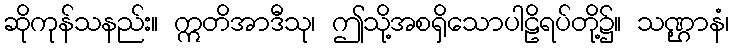
ဆိုကုန်သနည်း။ ဣတိအာဒီသု၊ ဤသို့အစရှိသောပါဠိရပ်တို့၌။ သဏ္ဌာနံ၊